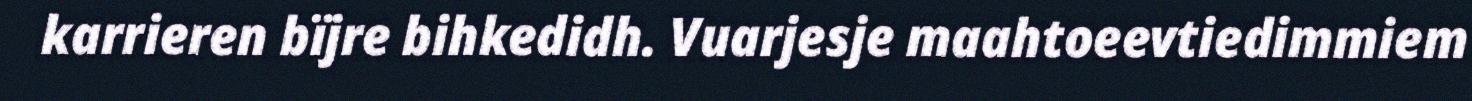
karrieren bïjre bihkedidh. Vuarjesje maahtoeevtiedimmiem